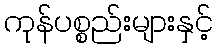
ကုန်ပစ္စည်းများနှင့်